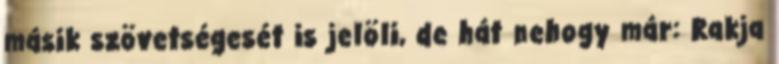
másik szövetségesét is jelöli, de hát nehogy már: Rakja